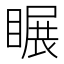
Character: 𥉲